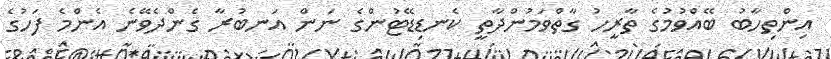
އިންތިހާބު ބޭއްވުމުގެ ތާރީހު ގާތްވަމުންދާތީ ކެނޑިޑޭޓުންގެ ނަން އަނބުރާ ގެންދެވޭނެ އެންމެ ފަހުގެ